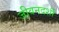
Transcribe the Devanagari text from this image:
जीवनदर्शी